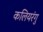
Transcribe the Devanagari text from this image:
कलियरंगु